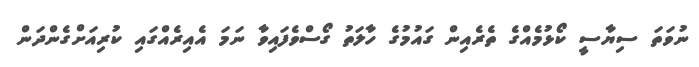
ނުވަތަ ސިޔާސީ ކޯޅުމެއްގެ ތެރެއިން ގައުމުގެ ހާލަތު ގޯސްވެފައިވާ ނަމަ އެއިރެއްގައި ކުރިއަށްގެންދަން